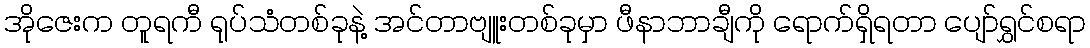
အိုဇေးက တူရကီ ရုပ်သံတစ်ခုနဲ့ အင်တာဗျူးတစ်ခုမှာ ဖီနာဘာချီကို ရောက်ရှိရတာ ပျော်ရွှင်စရာ